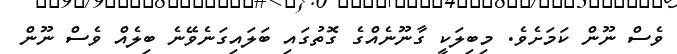
ވެސް ނޫން ކަމަށެވެ. މިބިލަކީ ގާނޫނެއްގެ ގޮތުގައި ބަލައިގަނެވޭނެ ބިލެއް ވެސް ނޫން